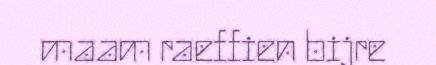
maam raeffien bijre